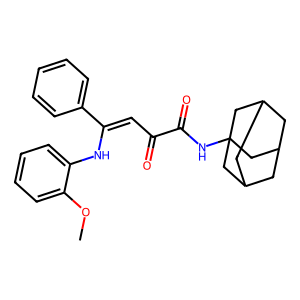
SMILES: COc1ccccc1NC(=CC(=O)C(=O)NC12CC3CC(CC(C3)C1)C2)c1ccccc1
Inhibits HIV replication: No